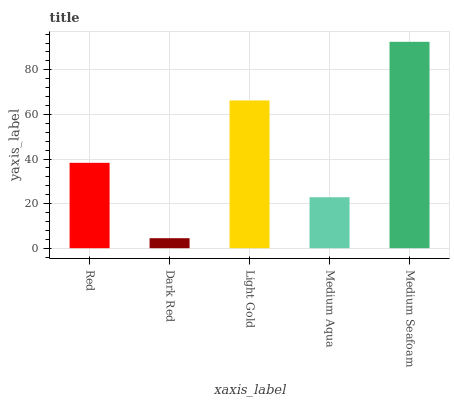
| xaxis_label | bars |
 | --- | --- |
 | Red | 38.3 |
 | Dark Red | 4.49 |
 | Light Gold | 66.3 |
 | Medium Aqua | 22.9 |
 | Medium Seafoam | 92.6 |